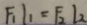
F _ { 1 } L _ { 1 } = F _ { 2 } L _ { 2 }